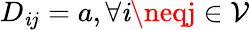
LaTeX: D_{\mathit{i}j}=a,\forall\mathit{i}\neqj\in\mathcal{{V}}